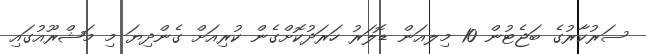
ސަރުކާރުގެ ބަޖެޓުން 10 މިލއަން ޑޮލަރު ހަރަދުކޮށްގެން ކުރިއަށް ގެންދިޔަ މި މަޝްރޫއުގައި